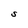
Character: S